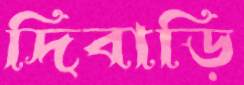
দিবাড়ি